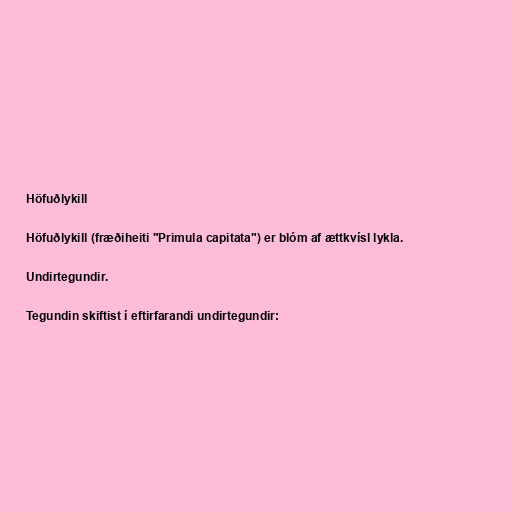
Höfuðlykill

Höfuðlykill (fræðiheiti "Primula capitata") er blóm af ættkvísl lykla.

Undirtegundir.

Tegundin skiftist í eftirfarandi undirtegundir: